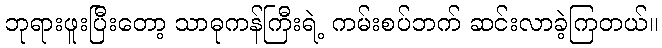
ဘုရားဖူးပြီးတော့ သာဓုကန်ကြီးရဲ့ ကမ်းစပ်ဘက် ဆင်းလာခဲ့ကြတယ်။